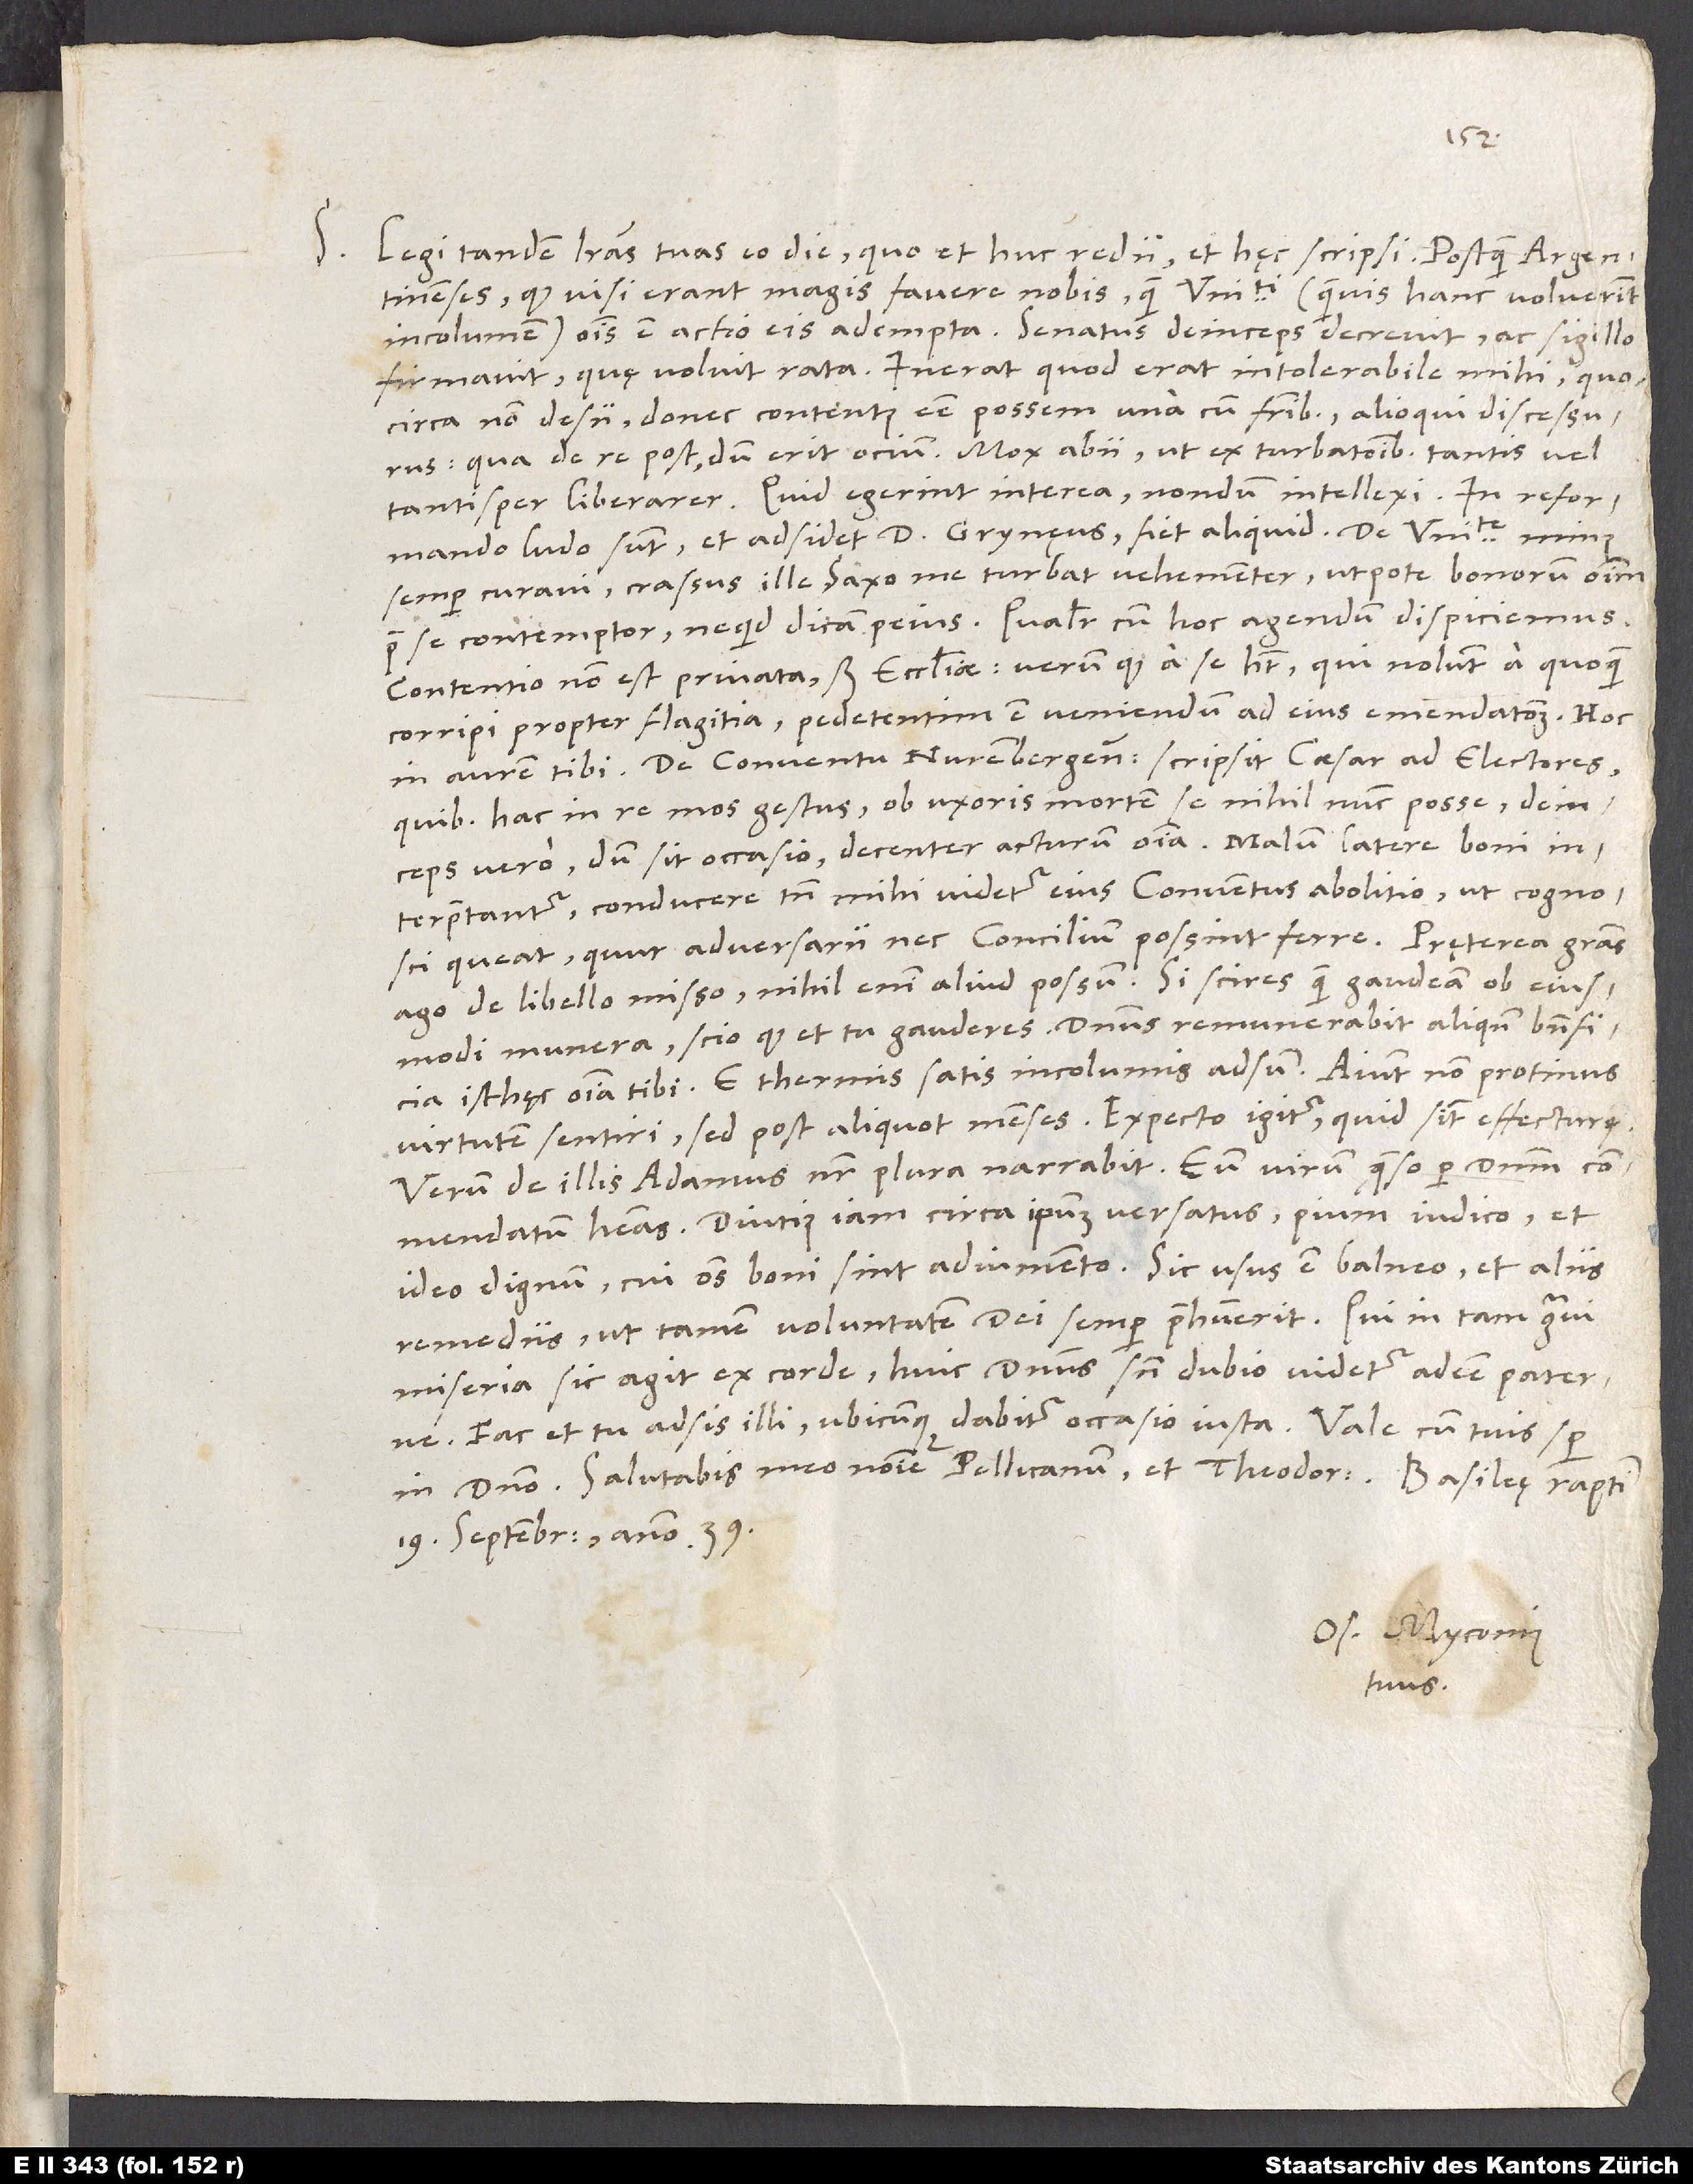
S. Legi tandem literas tuas eo die, quo et huc redii et hęc scripsi. Postquam Argentinenses,
quod visi erant magis favere nobis quam universitati (quamvis hanc voluerint
incolumem), omnis est actio eis adempta. Senatus deinceps decrevit ac sigillo
confirmavit, quę voluit rata. Inerat, quod erat intolerabile mihi, quocirca
non desii, donec contentus esse possem una cum fratribus alioqui discessurus;
qua de re post, dum erit ocium. Mox abii, ut ex turbationibus tantis vel
tantisper liberarer. Quid egerint interea, nondum intellexi. In reformando
ludo sunt, et adsidet d. Grynęus; fiet aliquid. De universitate minus
semper curavi; crassus ille Saxo me turbat vehementer utpote bonorum omnium
prae se contemptor, ne quid dicam peius. Qualiter cum hoc agendum, dispiciemus.
Contentio non est privata, sed ecclesiae; verum quod a se habet, qui nolunt a quoquam
corripi propter flagitia, pedetentim est veniendum ad eius emendationem. Hoc
De conventu Nurenbergensi scripsit caesar ad electores,
quibus hac in re mos gestus, ob uxoris mortem se nihil nunc posse, deinceps
vero, dum sit occasio, decenter acturum omnia. Malum latere boni
interpretantur; conducere tamen mihi videtur eius conventus abolitio, ut cognosci
ago de libello misso; nihil enim aliud possum. Si scires, quam gaudeam ob eiusmodi
munera, scio, quod et tu gauderes. Dominus remunerabit aliquando beneficia
virtutem sentiri, sed post aliquot menses; expecto igitur, quid sint effecturę.
Verum de illis Adamus noster plura narrabit. Eum virum, quęso per dominum,
commendatum habeas; diutius iam circa ipsum versatus pium iudico et
ideo dignum, cui omnes boni sint adiumento. Sic usus est balneo et aliis
remediis, ut tamen voluntatem dei semper praehabuerit. Qui in tam gravi
miseria sic agit ex corde, huic dominus sine dubio videtur adesse paterne.
in domino. Salutabis meo nomine Pellicanum et Theodorum.
19. septembris anno 39.
Os. Myconius
tuus.